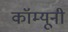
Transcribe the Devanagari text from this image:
कॉम्यूनी